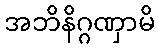
အဘိနိဂ္ဂဏှာမိ